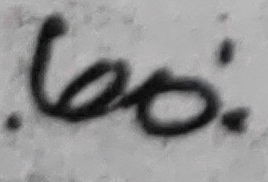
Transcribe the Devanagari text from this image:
लठ्‌ठो